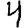
Digit: 4